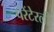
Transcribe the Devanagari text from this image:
पेरेंटेरली